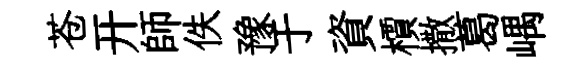
苍开師佚豫于資檟撒葛嵎